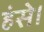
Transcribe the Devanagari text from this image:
हंसे।